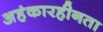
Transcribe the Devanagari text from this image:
अहंकारहीनता